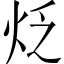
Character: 𤇮